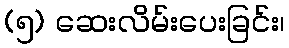
(၅) ဆေးလိမ်းပေးခြင်း၊